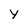
Character: Y